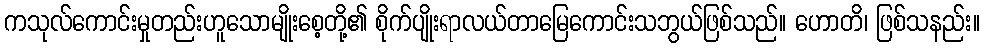
ကသုလ်ကောင်းမှုတည်းဟူသောမျိုးစေ့တို့၏ စိုက်ပျိုးရာလယ်တာမြေကောင်းသဘွယ်ဖြစ်သည်။ ဟောတိ၊ ဖြစ်သနည်း။